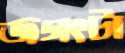
জগৎটা